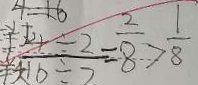
\frac { 4 \div 2 } { 1 6 \div 2 } = \frac { 2 } { 8 } > \frac { 1 } { 8 }